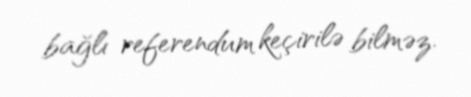
bağlı referendum keçirilə bilməz.